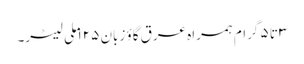
۳ تا ۵ گرام ہمراہ عرق گاؤ زبان ۱۲۵ ملی لیٹر۔